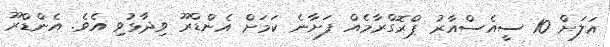
އަލަށް 10 ސީއެސްއާރު ޕްރޮގްރާމެއް ފަށާނެ ކަމަށް އެންޑްރޫ ވިދާޅުވި އެވެ. އެންޑްރޫ